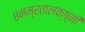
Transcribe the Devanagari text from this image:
८नम्रतालक्ष्मी